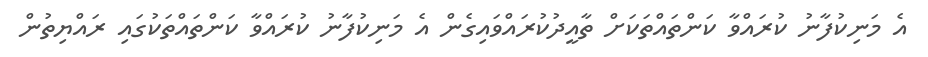
އެ މަނިކުފާނު ކުރައްވާ ކަންތައްތަކަށް ތާއީދުކުރައްވައިގެން އެ މަނިކުފާނު ކުރައްވާ ކަންތައްތަކުގައި ރައްޔިތުން